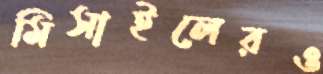
মিসাইলেরও